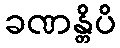
ခဏန္တိပိ